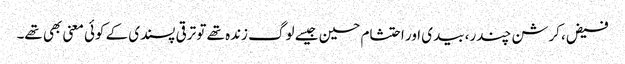
فیض، کرشن چندر، بیدی اور احتشام حسین جیسے لوگ زندہ تھے تو ترقی پسندی کے کوئی معنی بھی تھے۔